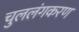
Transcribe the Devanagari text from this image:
चुललंगकरण